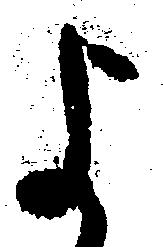
よ